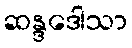
ဆန္ဒဒေါသာ